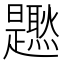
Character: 𤓐